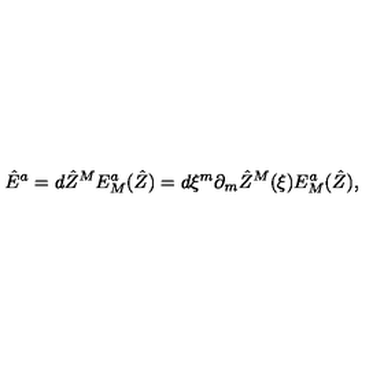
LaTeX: \hat { E } ^ { { a } } = d \hat { Z } ^ { { M } } E _ { { M } } ^ { { a } } ( \hat { Z } ) = d \xi ^ { m } \partial _ { m } \hat { Z } ^ { { M } } ( \xi ) E _ { { M } } ^ { { a } } ( \hat { Z } ) ,